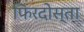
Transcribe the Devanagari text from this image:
फिरदोस्ता